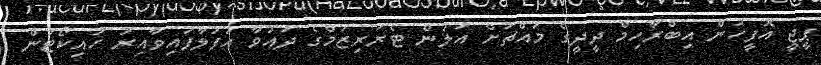
ޕީޖީ އޮފީހުން އިބްރާހިމް ދީދީގެ މައްޗަށް އަލުން ޓެރަރިޒަމްގެ ދައުވާ އުފުލާފައިވާއިރު ހައިކޯޓުން